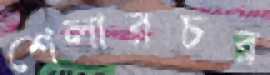
শেলারচর